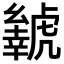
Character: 𬟲